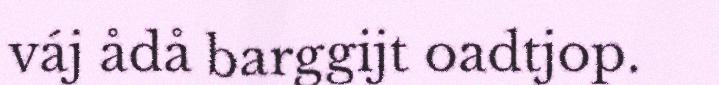
váj ådå barggijt oadtjop.